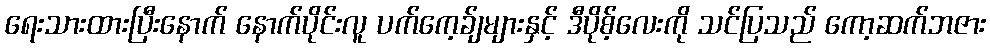
ရေးသားထားပြီးနောက် နောက်ပိုင်းလူ ပက်ကေ့ခ်ျများနှင့် ဒီပိုစ့်လေးကို သင်ပြသည် ကော့ဆက်ဘဇား